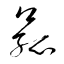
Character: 菰